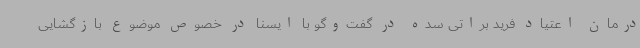
درمان اعتیاد فرید براتی سده در گفت‌وگو با ایسنا در خصوص موضوع بازگشایی